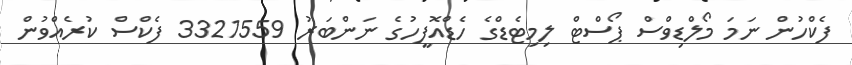
ފެކްހުން ނަމަ މޯލްޑިވްސް ޕޯސްޓް ލިމިޓެޑްގެ ހެޑްއޮފީހުގެ ނަންބަރު 3321559 ފެކްސް ކުރެއްވުން